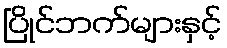
ပြိုင်ဘက်များနှင့်